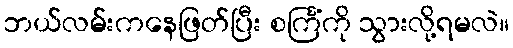
ဘယ်လမ်းကနေဖြတ်ပြီး စင်္ကြံကို သွားလို့ရမလဲ။